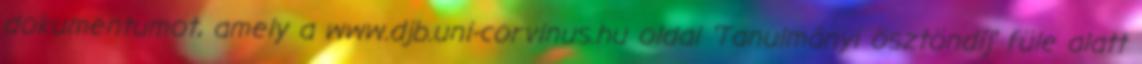
dokumentumot, amely a www.djb.uni-corvinus.hu oldal 'Tanulmányi ösztöndíj' füle alatt